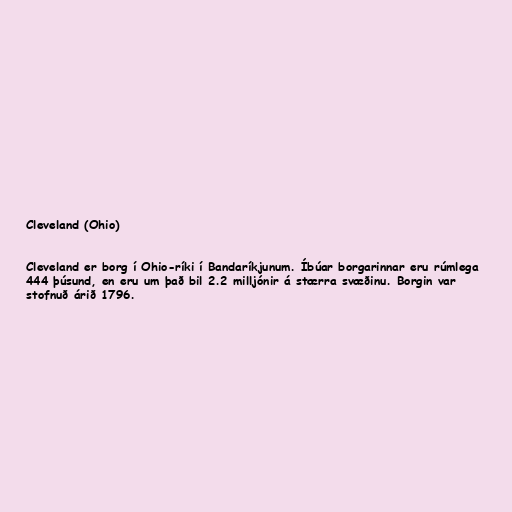
Cleveland (Ohio)

Cleveland er borg í Ohio-ríki í Bandaríkjunum. Íbúar borgarinnar eru rúmlega
444 þúsund, en eru um það bil 2.2 milljónir á stærra svæðinu. Borgin var
stofnuð árið 1796.